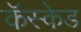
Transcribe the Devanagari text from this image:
कॅस्केड